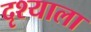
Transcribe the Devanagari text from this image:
दृश्याला